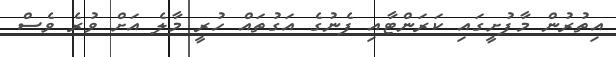
އިތުރުން މާފުށީގައި ކަރަންޓާއި ފެނުގެ އަގުތައް ހުރީ މާލެ އަށް ވުރެ ވެސް